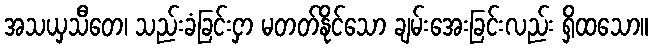
အသယှသီတေ၊ သည်းခံခြင်းငှာ မတတ်နိုင်သော ချမ်းအေးခြင်းလည်း ရှိထသော။